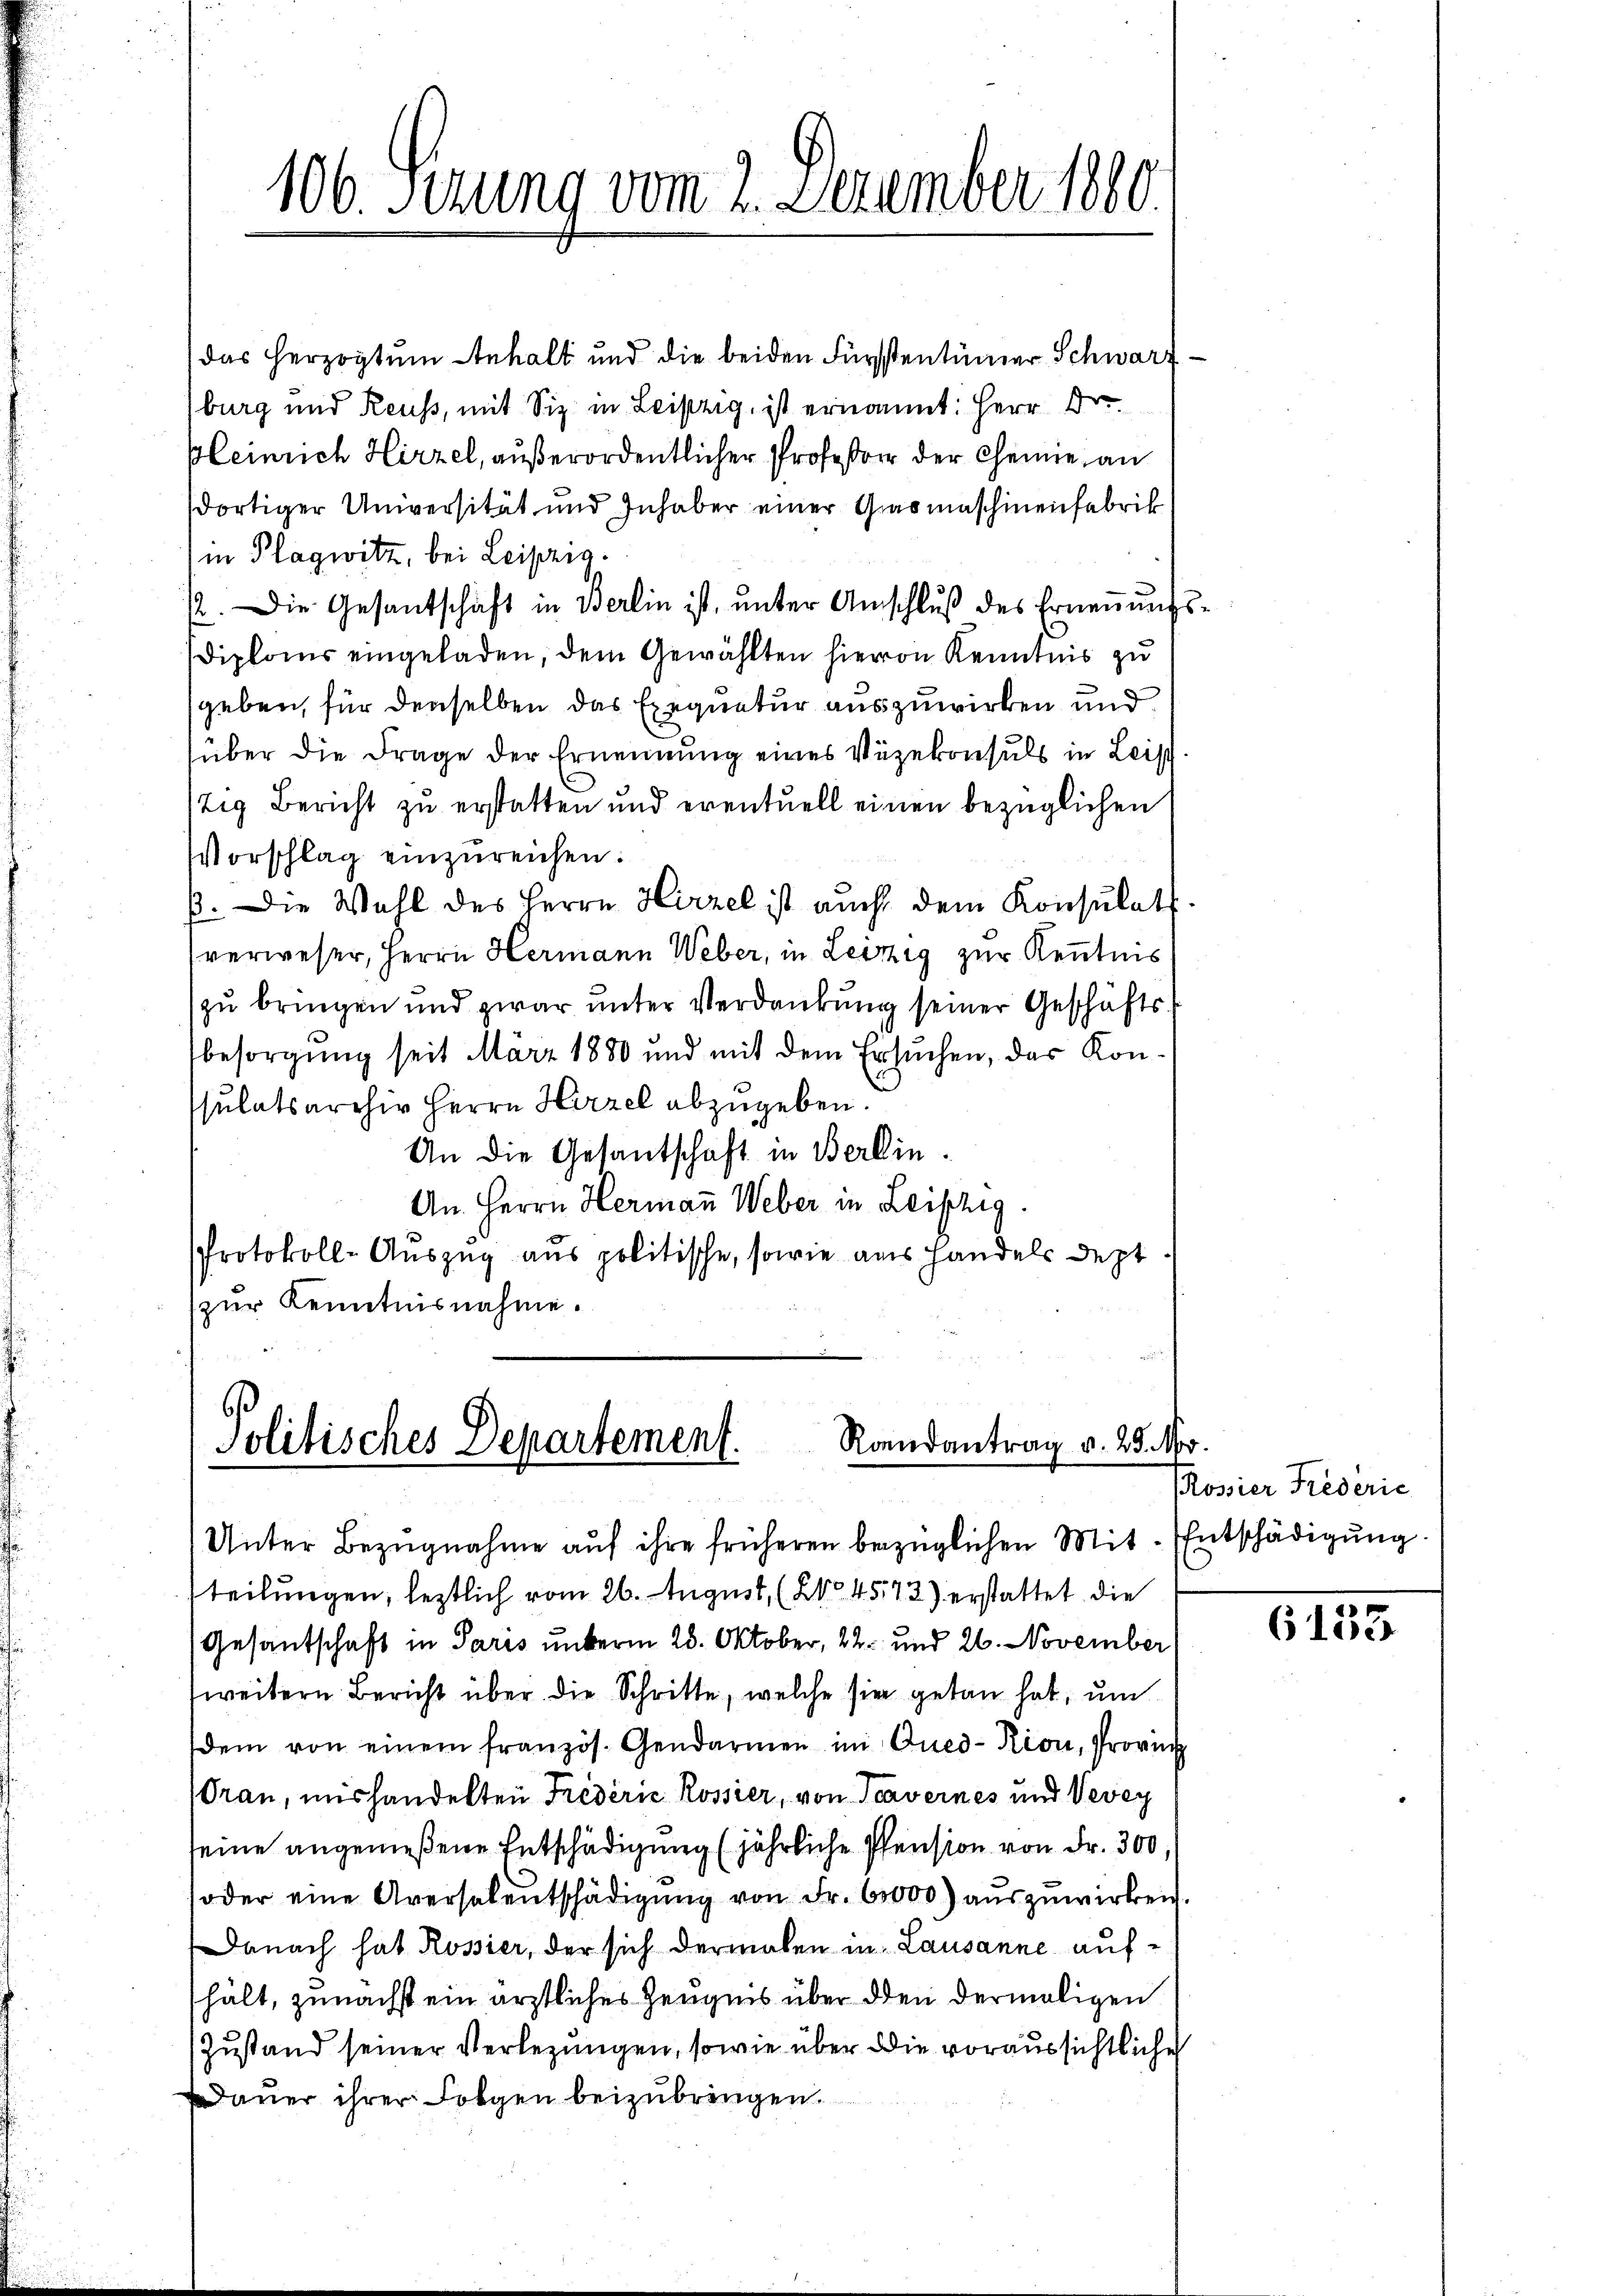
106. Sezung vom 2. Dezember 1880.

das herzogtum Anhalt und die beiden Fürstentümer Schwarzburg und Reuss, mit Siz in Leipzig, ist ernannt: Herr Dr
Kleinrich Hirzel, außerordentlicher Professor der Chemie an
dortiger Universität und Inhaber einer Gasmaschinenfabrik
in Plagwitz, bei Leipzig.
12. Die Gesantschaft in Berlin ist, unter Anschluß des Ernennungs¬
Diploms eingeladen, dem Gewählten hieron Kenntnis zu
geben, für denselben das Exequatur auszuwirken und
über die Frage der Ernennung eines Vizekonsuls in Leist
tig Bericht zu erstatten und eventuell einen bezüglichen
Vorschlag einzureichen.
p. Die Wahl des Herrn Hirzel ist auch dem Konsulats.
verweser, Herrn Hermann Weber, in Leipzig zur Kenntnis
zu bringen und zwar unter Verdankung seiner Geschäftsbesorgung seit März 1880 und mit dem Ersuchen, das Konssulatsarchiv Herrn Hirzel abzugeben.
An die Gesantschaft in Berlin.
An Herrn Hermaṅ Weber in Leistig.
Protokoll-Auszug aus politische, sowie aus Handels dept
(zur Kenntnisnahme.

Randantrag v. 25. M
Politisches Departement.

teilungen, letztlich vom 26. August, (200. 4572) erstattet die
Gesantschaft in Paris unterm 28. Oktober, 22. und 26. November
weitern Bericht über die Schritte, welche sie getan hat, um
dem von einem französ. Gendarmen im Qued-Kion, Provinz
Gran, mishandelten Friderie Rossier, von Travernes und Vevey
seine angemeßene Entschädigung (jährliche Pension von Fr. 300
oder eine Aversalentschädigŭng von Fr. 60000) auszuwirken.
Danach hat Rossier, der sich dermalen in Lausanne aufhält, zunächst ein ärztliches Zeugnis über den dermaligen
Zustand seiner Verlegungen, sowie über die voraussichtliche
dauer ihrer Folgen beizubringen.

Unter Bezugnahme auf ihre früheren bezüglichen Mit Entschädigung.

d.
Rossier Frederic

6153